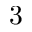
3